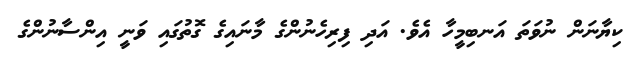
ކިޔާނަން ނުވަތަ އަނބިމީހާ އެވެ. އަދި ފިރިހެނުންގެ މާނައިގެ ގޮތުގައި ވަނީ އިންސާނުންގެ